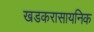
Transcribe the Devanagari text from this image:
खडकरासायनिक